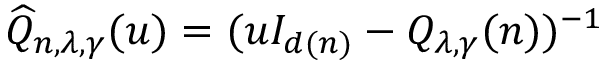
\widehat { Q } _ { n , \lambda , \gamma } ( u ) = ( u I _ { d ( n ) } - Q _ { \lambda , \gamma } ( n ) ) ^ { - 1 }